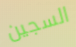
السجين